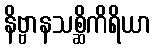
နိဗ္ဗာနသစ္ဆိကိရိယာ